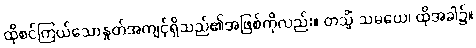
ထိုစင်ကြယ်သောနှုတ်အကျင့်ရှိသည်၏အဖြစ်ကိုလည်း။ တသ္မိံ သမယေ၊ ထိုအခါ၌။